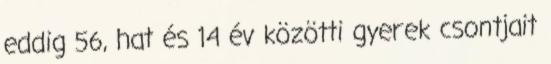
eddig 56, hat és 14 év közötti gyerek csontjait